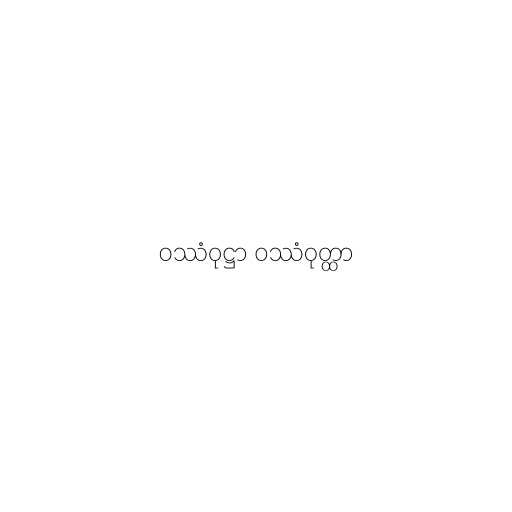
ဝဿံဝုဋ္ဌာ ဝဿံဝုတ္ထာ